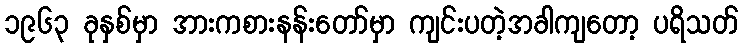
၁၉၆၃ ခုနှစ်မှာ အားကစားနန်းတော်မှာ ကျင်းပတဲ့အခါကျတော့ ပရိသတ်